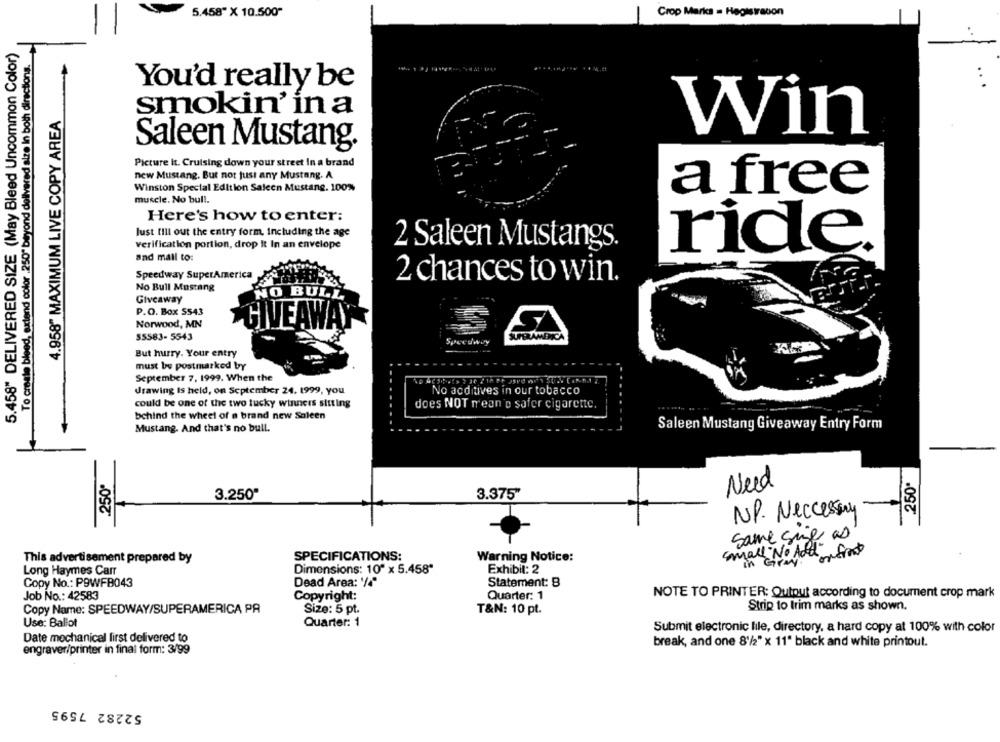
5.458" X 10.500"
Crop Marks . Hegistracon
5.458" DELIVERED SIZE (May Bleed Uncommon Color)
To create bleed, extend color .250" beyond delivered size In both directions.
You'd really be
4.958" MAXIMUM LIVE COPY AREA
smokin' in a
Win
Saleen Mustang.
Picture It. Cruising down your street In a brand
new Mustang. But not just any Mustang. A
Winston Special Edition Saleen Mustang, 100%
a free
muscle. No bull.
Here's how to enter:
lust till out the entry form, Including the age
verification portion, drop it In an envelope
2 Saleen Mustangs.
ride®
and mail to:
Speedway SuperAmerica
2 chances to win.
No Bull Mustang
NO BULL
Giveaway
P.O. Box 5543
Norwood, MN
GIVEAWAY
$5583- 5543
Speedway
But hurry. Your entry
must be postmarked by
September 7, 1999. When the
Jrawing Is held, on September 24, 1999, you
No additives in our tobacco
could be one of the two lucky winners sitting
does NOT mean'o safer cigarette.
behind the wheel of a brand new Saleen
Mustang. And that's no bull.
Saleen Mustang Giveaway Entry Form
.250.
.250'
Need
3.250ª
3.375"
NP. Neccessary
same size as
SPECIFICATIONS:
Warning Notice:
small "No AddSont
This advertisement prepared by
in Gray
Long Haymes Carr
Dimensions: 10" x 5.458"
Exhibit: 2
Copy No .: P9WFB043
Dead Area: '/4"
Statement: 8
NOTE TO PRINTER: Outout according to document crop mark
Job No .: 42583
Copyright:
Quarter: 1
Copy Name: SPEEDWAY/SUPERAMERICA PA
Strip to trim marks as shown.
Size: 5 pt.
T&N: 10 pt.
Use: Ballot
Quarter: 1
Submit electronic lile, directory, a hard copy at 100% with color
Date mechanical first delivered to
break, and one 8'/2" x 11" black and white printout.
engraver/printer in final form: 3/99
52282 7595